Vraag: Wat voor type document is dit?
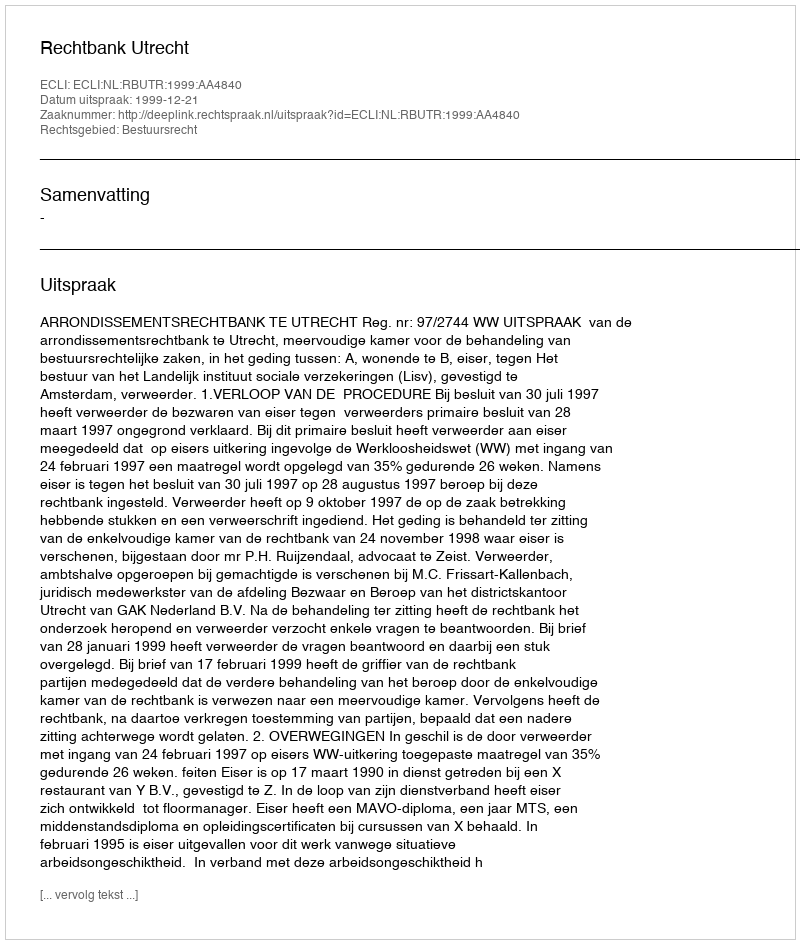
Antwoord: Uitspraak